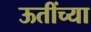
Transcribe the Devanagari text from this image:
ऊतींच्या